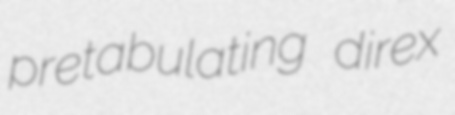
pretabulating direx